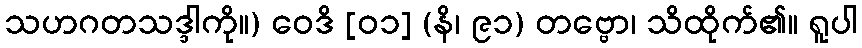
သဟဂတသဒ္ဒါကို။) ဝေဒိ [၀၁] (နိ၊ ၉၁) တဗ္ဗော၊ သိထိုက်၏။ ရူပါ